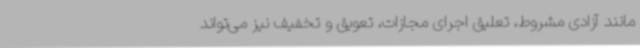
مانند آزادی مشروط، تعلیق اجرای مجازات، تعویق و تخفیف نیز می‌تواند